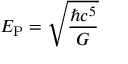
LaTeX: E _ { \mathrm { P } } = { \sqrt { \frac { \hbar c ^ { 5 } } { G } } }